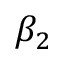
\beta _ { 2 }